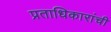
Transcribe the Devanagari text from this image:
प्रताधिकारांची